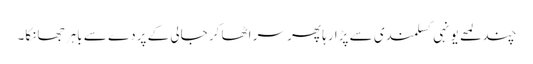
چند لمحے یونہی کسلمندی سے پڑا رہا پھر سر اٹھا کر جالی کے پردے سے باہر جھانکا۔